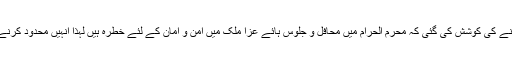
یہیں سے یہ تاثر دینے کی کوشش کی گئی کہ محرم الحرام میں محافل و جلوس ہائے عزا ملک میں امن و امان کے لئے خطرہ ہیں لہذا انہیں محدود کرنے کی ضرورت ہے۔